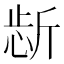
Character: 𱡫